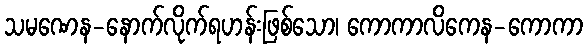
သမဏေန-နောက်လိုက်ရဟန်းဖြစ်သော၊ ကောကာလိကေန-ကောကာ